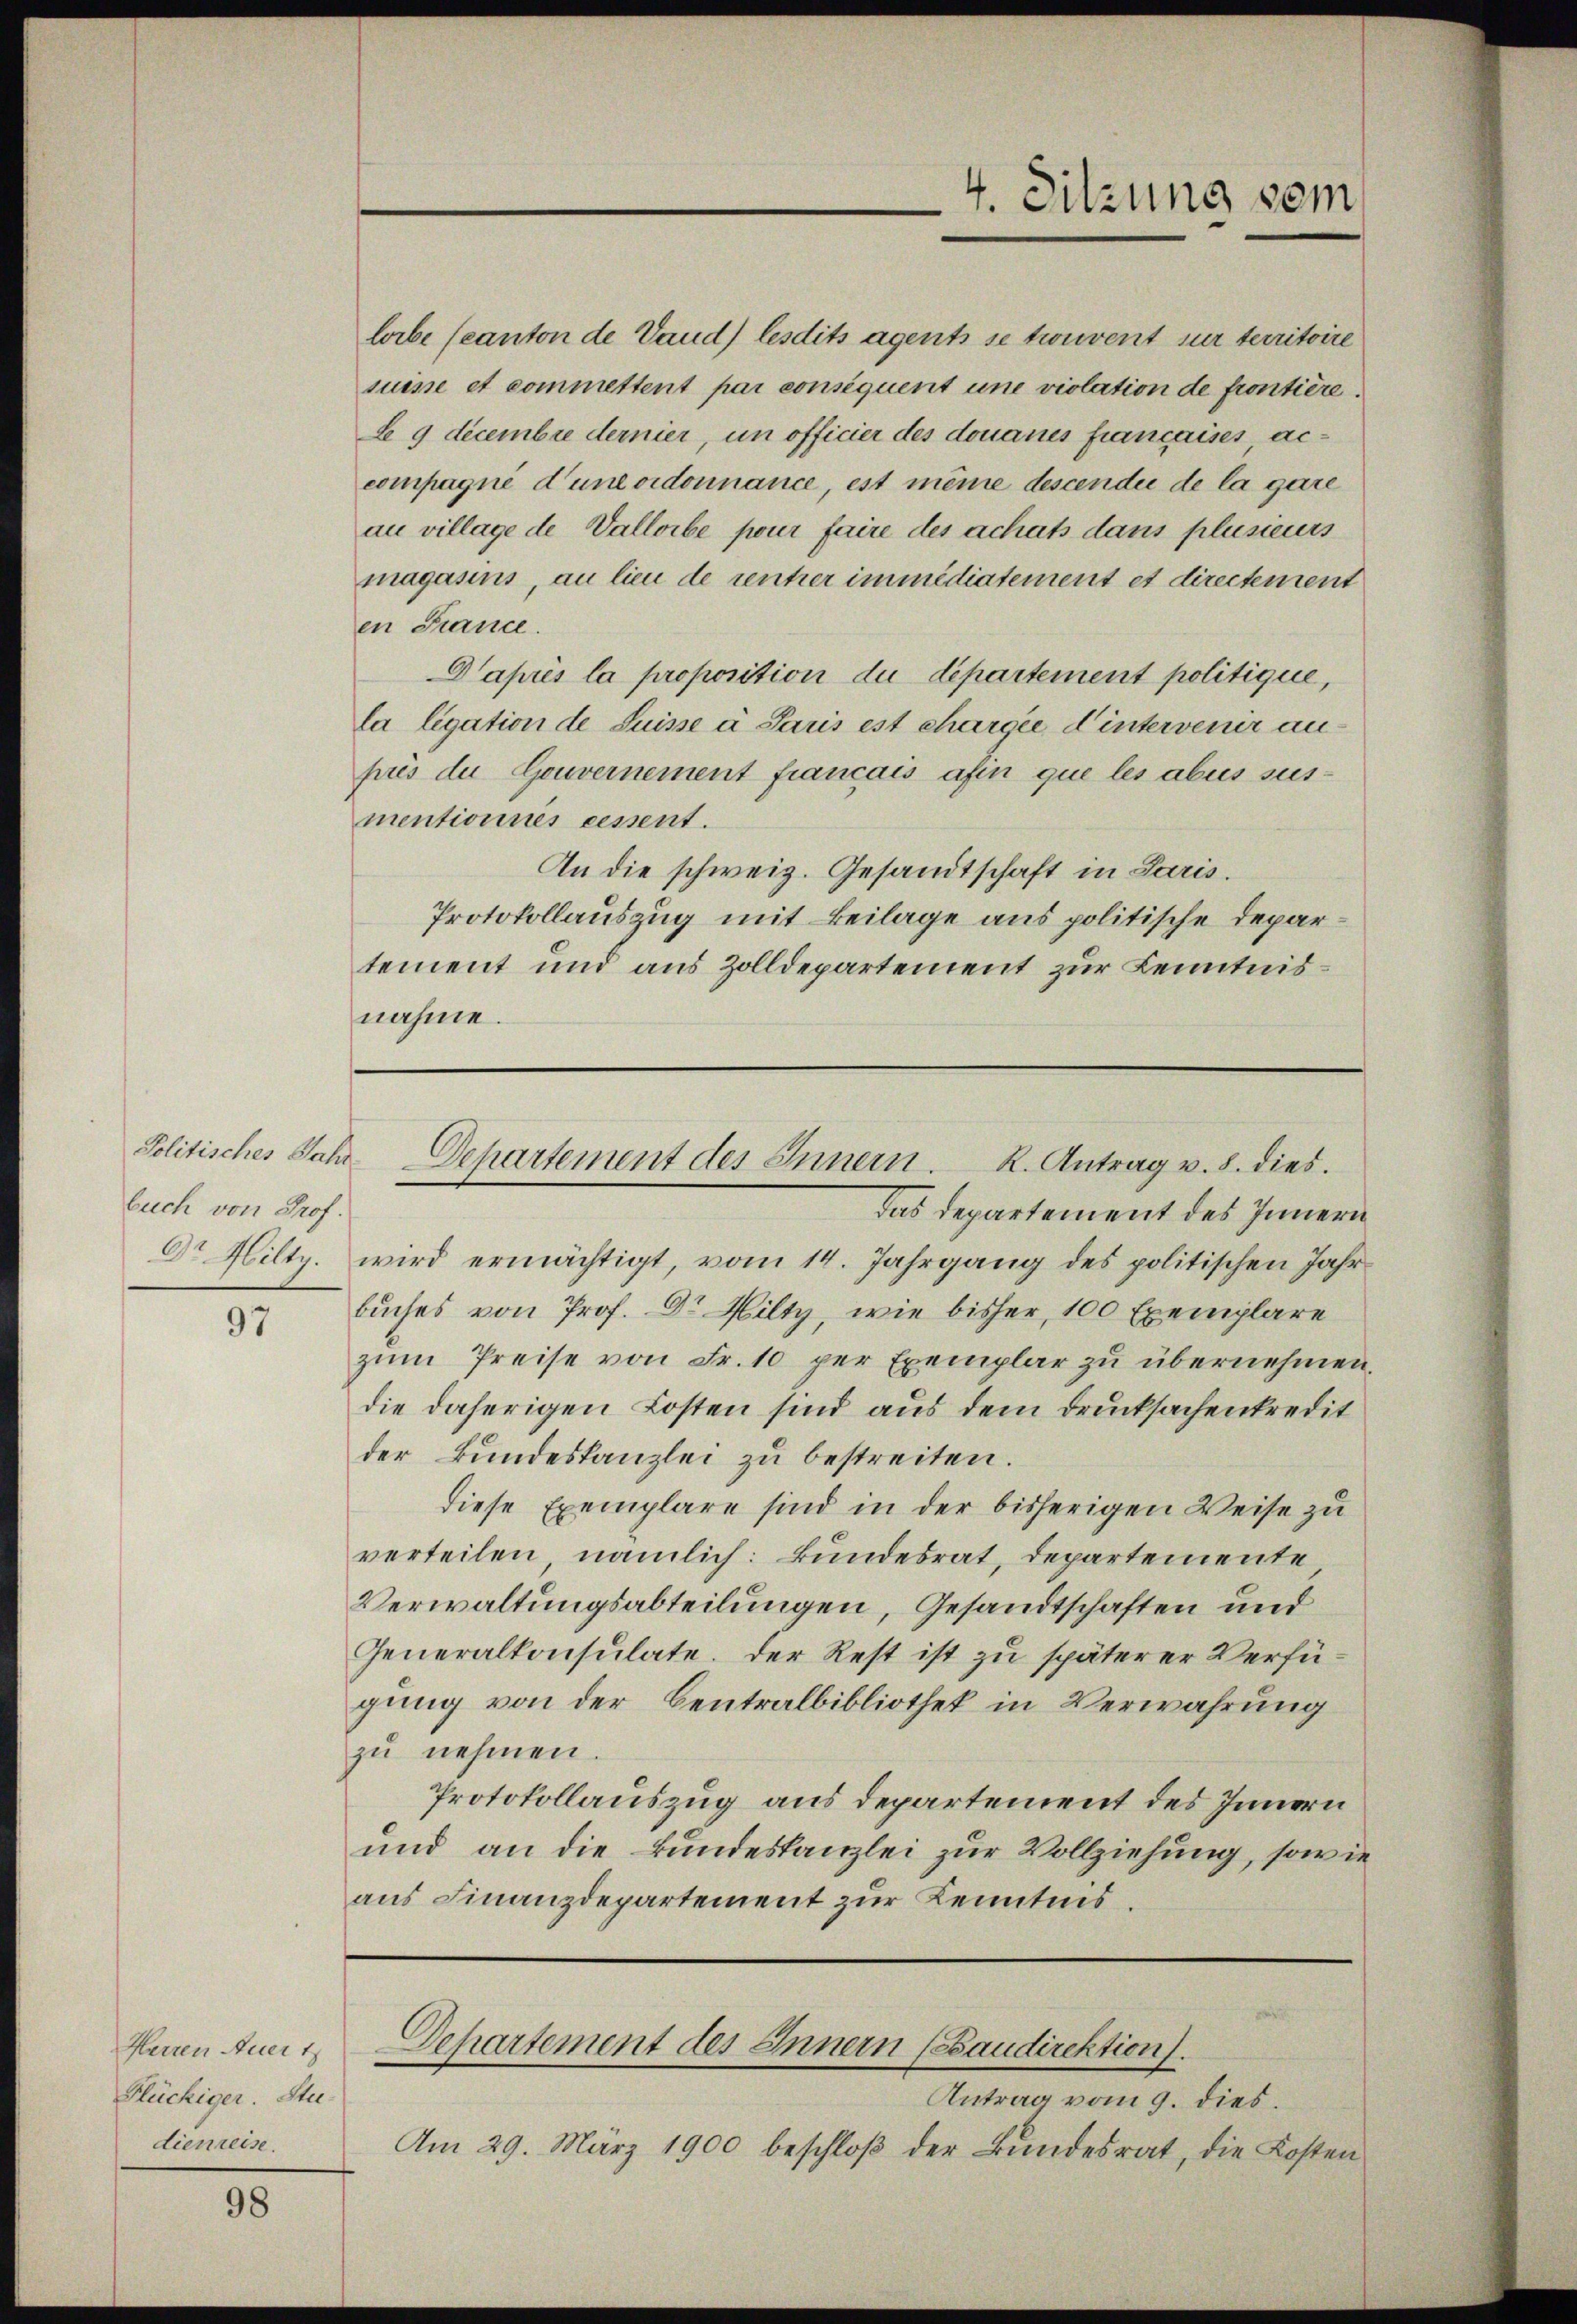
Politisches Jahr.
buch von Prof.

97

Herren Auer t
Flüchiger. Stee.
dienreise.

98

lorbe (canton de Vaud) lesdits agents se trouvent sur territoire
suise et commettent par conséquent une violation de frontière.
B 9 decembre dernier, un officier des douanes fiancaises accompagné d’une ordonnance, est même descendii de la gare
an village de Vallorbe pour faire des achats dans plusieurs
magasins, an lieu de rentrer immédiatement et directement
en France.
Daprès la proposition du département politique,
la ligation de Suisse a Paris est chargée d’intervenir anprès du Gouvernement francais afin que les abus susmentionnés eesent.
An die schweiz. Gesandtschaft in Paris.
Protokollauszug mit Beilage aus politische Departement und aus Zolldepartement zur Kenntnisnahme.

Dr Hilty. wird ermächtigt, vom 14. Jahrgang des politischen Jahrbuches von Prof. Dr. Hilty, wie bisher, 100 Exemplare
zŭm Preise von Fr. 10 per Exemplar zu übernehmen.
die daherigen Kosten sind aus dem Drucksachenkredit
der Bundeskanzlei zu bestreiten.
diese Exemplare sind in der bisherigen Weise zu
verteilen, nämlich: Bundesrat, Departemente
Verwaltungsabteilungen, Gesandtschaften und
Generalkonsulate. Der Rest ist zu späterer Verfügung von der Centralbibliothek in Verwahrung
zŭ nehmen.
Protokollauszug aus departement des Innern
und an die Bundeskanzlei zur Vollziehung, sowie
aŭs Finanzdepartement zŭr Kenntnis.

4. Sitzung vom

Dchartement des Innern. K. Antrag v. 8. dies
das Departement des Innern

Departement des Innern (Saudirektion).
—

Antrag vom 9. dies.
Am 29. März 1900 beschloß der Bundesrat, die Kosten